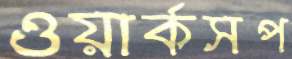
ওয়ার্কসপ